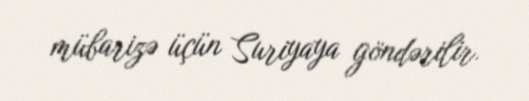
mübarizə üçün Suriyaya göndərilir.